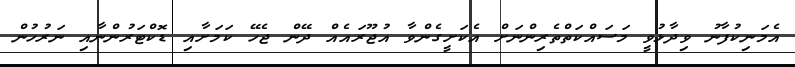
އެމަނިކުފާނު ވިދާޅުވީ މަސައްކަތްތެރިންނަށް އެކަށީގެންވާ އުޖޫރައެއް ދޭން ޖެހޭ ކަމަށާއި ޑޮކްޓަރުންނާއި ނަރުހުން